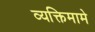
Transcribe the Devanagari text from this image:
व्यक्तिमामे